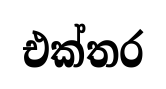
එක්තර